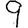
Digit: 9